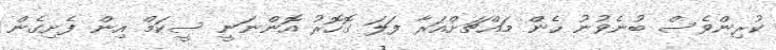
ކުރިންވެސް ބުނެވުނު ހެން މައްޗަށްއަރާ ފަލަ ގޮހޮރު އޮންނަނީ ސީކަމް އިން ފެށިގެން